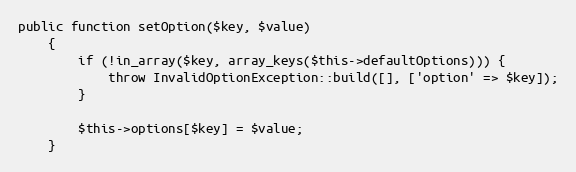
Language: PHP
public function setOption($key, $value)
    {
        if (!in_array($key, array_keys($this->defaultOptions))) {
            throw InvalidOptionException::build([], ['option' => $key]);
        }

        $this->options[$key] = $value;
    }